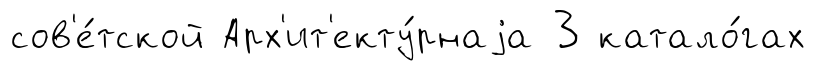
сов'е́тской Арх'ит'екту́рнаjа 3 катало́гах